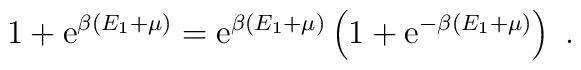
1+ {\rm e}^{\beta(E_1+\mu)} = {\rm e}^{\beta (E_1+\mu)} \left( 1+{\rm e}^{-\beta (E_1+\mu)}\right) \ .